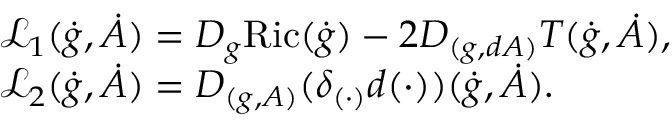
\begin{array} { r l } & { \qquad \mathscr { L } _ { 1 } ( \dot { g } , \dot { A } ) = D _ { g } \mathrm { R i c } ( \dot { g } ) - 2 D _ { ( g , d A ) } T ( \dot { g } , \dot { A } ) , } \\ & { \qquad \mathscr { L } _ { 2 } ( \dot { g } , \dot { A } ) = D _ { ( g , A ) } ( \delta _ { ( \cdot ) } d ( \cdot ) ) ( \dot { g } , \dot { A } ) . } \end{array}